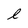
Character: l